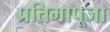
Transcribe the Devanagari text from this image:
प्रतिमापूजा